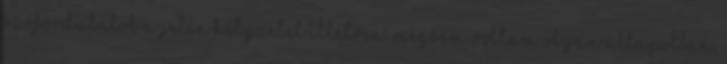
szófordulatok a jelen helyzetet illetően, mégsem voltam olyan állapotban,